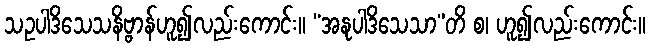
သဥပါဒိသေသနိဗ္ဗာန်ဟူ၍လည်းကောင်း။ “အနုပါဒိသေသာ”တိ စ၊ ဟူ၍လည်းကောင်း။